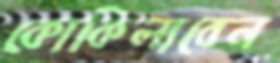
কোকিলাবেন